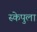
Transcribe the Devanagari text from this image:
स्केपुला